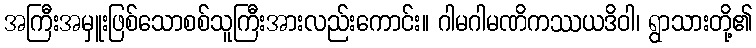
အကြီးအမှူးဖြစ်သောစစ်သူကြီးအားလည်းကောင်း။ ဂါမဂါမဏိကဿယဒိဝါ၊ ရွာသားတို့၏